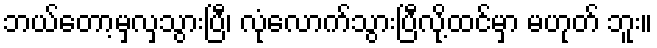
ဘယ်တော့မှလှသွားပြီ၊ လုံလောက်သွားပြီလို့ထင်မှာ မဟုတ် ဘူး။